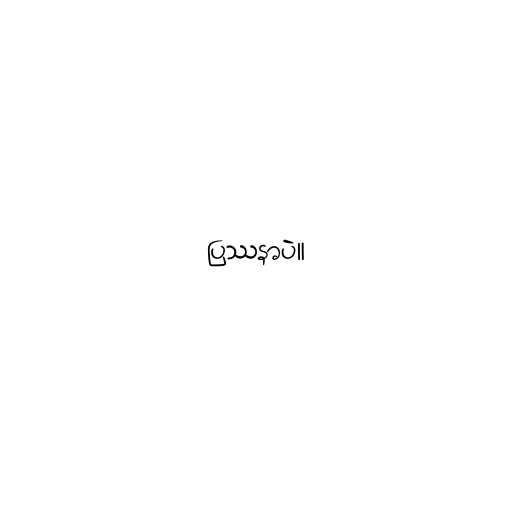
ပြဿနာပဲ။